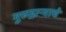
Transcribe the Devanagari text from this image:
गुरुद्वार्‍याचे